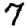
Digit: 7